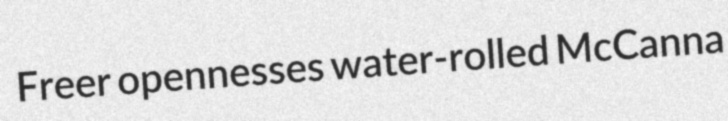
Freer opennesses water-rolled McCanna